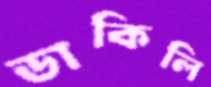
ডাকিলি